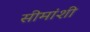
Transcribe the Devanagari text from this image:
सीमांशी